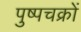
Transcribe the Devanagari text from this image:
पुष्पचक्रों